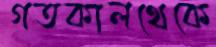
গতকালথেকে